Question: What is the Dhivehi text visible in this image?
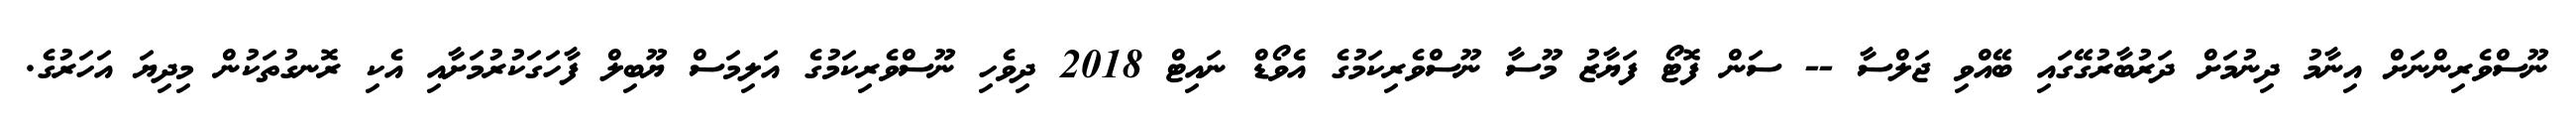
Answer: ނޫސްވެރިންނަށް އިނާމު ދިނުމަށް ދަރުބާރުގޭގައި ބޭއްވި ޖަލްސާ -- ސަން ފޮޓޯ ފަޔާޒު މޫސާ ނޫސްވެރިކަމުގެ އެވޯޑް ނައިޓް 2018 ދިވެހި ނޫސްވެރިކަމުގެ އަލިމަސް ޔޫބިލް ފާހަގަކުރުމަށާއި އެކި ރޮނގުތަކުން މިދިޔަ އަހަރުގެ.